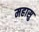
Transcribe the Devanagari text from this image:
महासु